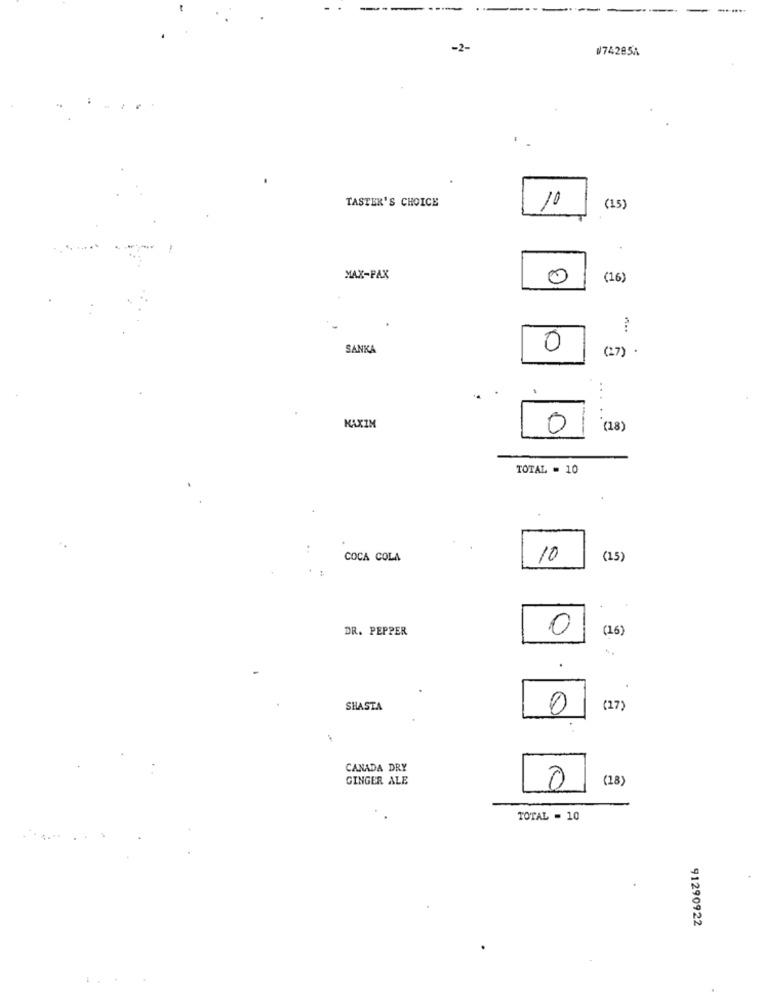
----
-2-
#74285A
TASTER'S CHOICE
10
(15)
MAX-PAX
0
(16)
SANKA
0
(27) .
MAXIM
0
(18)
TOTAL = 10
COCA COLA
10
(15)
DR. PEPPER
0
(16)
SHASTA
0
(17)
CANADA DRY
GINGER ALE
(18)
0
TOTAL = 10
91290922